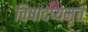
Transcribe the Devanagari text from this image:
विषादप्यमृतं